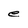
Character: e